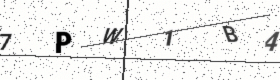
Text: 7PW1B4